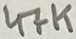
Text: 47K